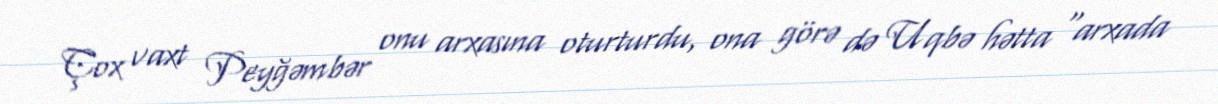
Çox vaxt Peyğəmbər onu arxasına oturturdu, ona görə də Uqbə hətta “arxada